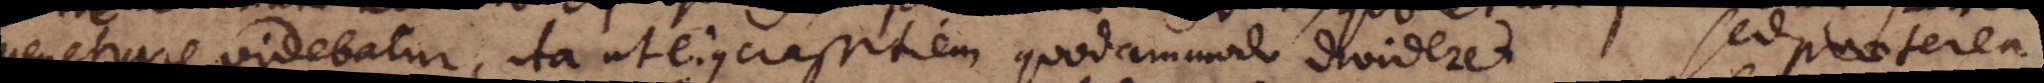
penetrare videbatur, ita ut ejus crassitiem quodammodo divideret. Sed praeterea